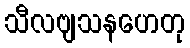
သီလဗျသနဟေတု